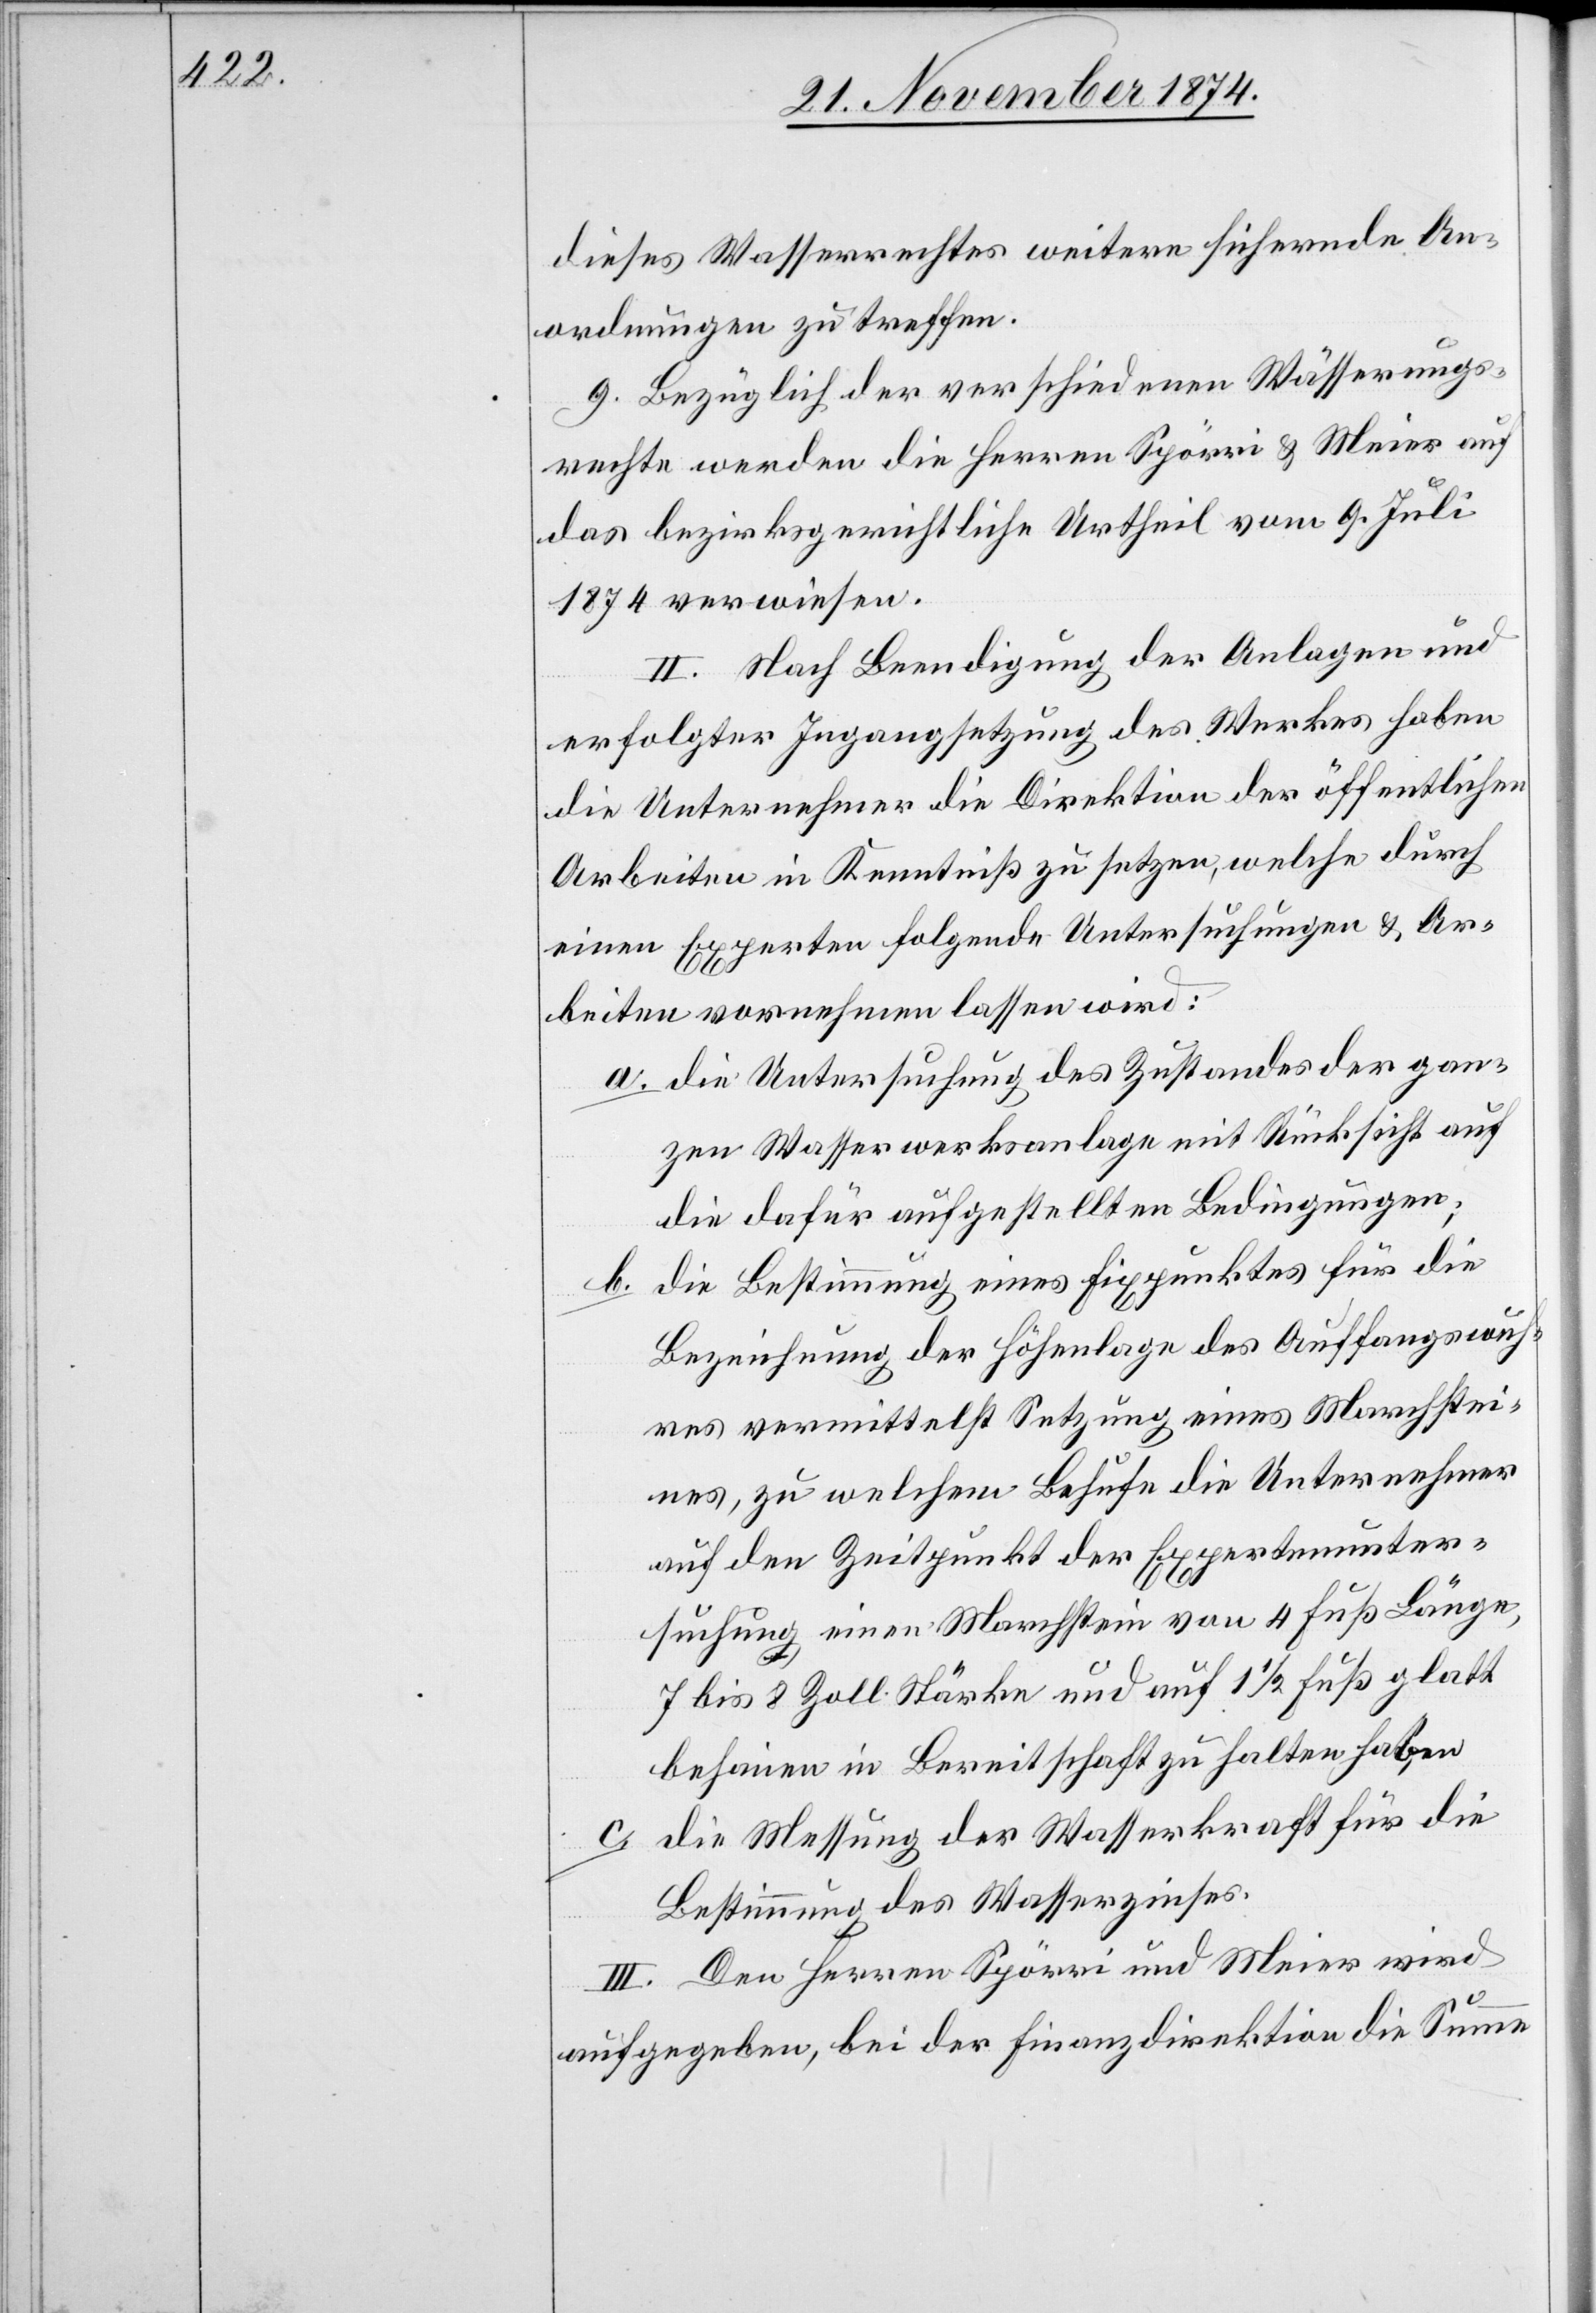
dieses Wasserrechtes weitere sichernde An¬
ordnungen zu treffen.
9. Bezüglich der verschiedenen Wässerungs¬
echte werden die Herren Spörri & Meier auf
das bezirksgerichtliche Urtheil vom 9. Juli
1874 verwiesen.
II. Nach Beendigung der Anlagen und
erfolgter Ingangsetzung des Werkes haben
die Unternehmer die Direktion der öffentlichen
Arbeiten in Kenntniß zu setzen, welche durch
einen Experten folgende Untersuchungen & Ar¬
beiten vornehmen lassen wird:
a. die Untersuchung des Zustandes der gan¬
zen Wasserwerksanlage mit Rücksicht auf
die dafür aufgestellten Bedingungen;
b. die Bestimmung eines Fixpunktes für die
Bezeichnung der Höhenlage des Auffangswuh¬
res vermittelst Setzung eines Marchstei¬
nes, zu welchem Behufe die Unternehmer
auf den Zeitpunkt der Expertenunter¬
suchung einen Marchstein von 4 Fuß Länge,
7 bis 8 Zoll Stärke und auf 1 1/2 Fuß glatt
behauen in Bereitschaft zu halten haben
die Messung der Wasserkraft für die
Bestimmung des Wasserzinses.
III. Den Herren Spörri und Meier wird
aufgegeben, bei der Finanzdirektion die Summe